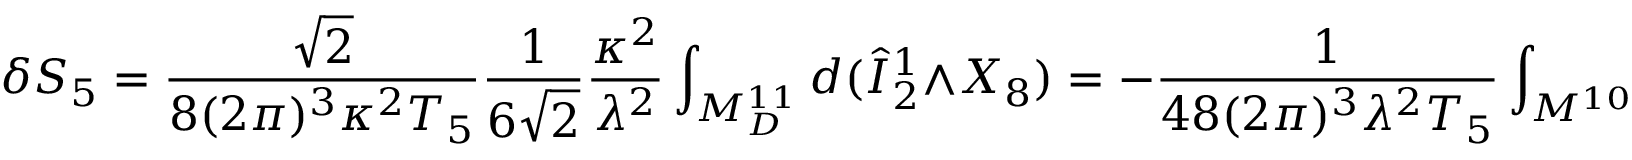
\delta S _ { 5 } = \frac { \sqrt { 2 } } { 8 ( 2 \pi ) ^ { 3 } \kappa ^ { 2 } T _ { 5 } } \frac { 1 } { 6 \sqrt { 2 } } \frac { \kappa ^ { 2 } } { \lambda ^ { 2 } } \int _ { M _ { D } ^ { 1 1 } } d ( \hat { I } _ { 2 } ^ { 1 } \wedge X _ { 8 } ) = - \frac { 1 } { 4 8 ( 2 \pi ) ^ { 3 } \lambda ^ { 2 } T _ { 5 } } \int _ { M ^ { 1 0 } } \hat { I } _ { 2 } ^ { 1 } \wedge X _ { 8 }